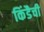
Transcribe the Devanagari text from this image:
किंडैची